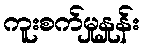
ကူးစက်မှုနှုန်း